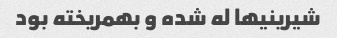
شیرینیها له شده و بهمریخته بود